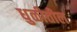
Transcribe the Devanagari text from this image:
धुळीतील